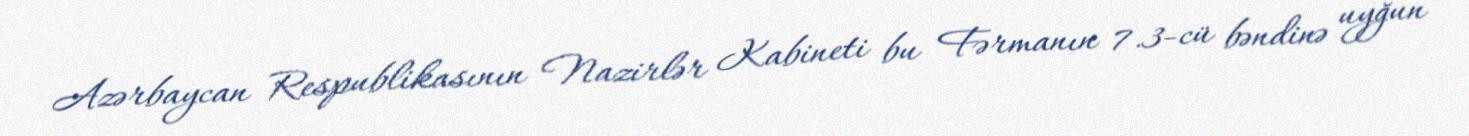
Azərbaycan Respublikasının Nazirlər Kabineti bu Fərmanın 7.3-cü bəndinə uyğun